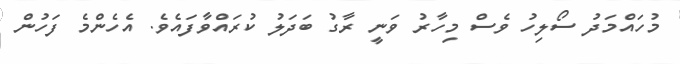
މުހައްމަދު ސޯލިހު ވެސް މިހާރު ވަނީ ރާގު ބަދަލު ކުރައްވާފައެވެ. އެހެންމެ ފަހުން